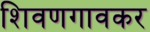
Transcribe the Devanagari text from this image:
शिवणगावकर